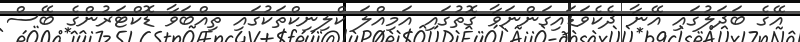
އޭގެ ބަދަލުގައި އޭނާ ދެކެވަޑައިގަންނަވާ ގޮތުގައި އަމިއްލަ ކްލިނިކްތަކުގައި ތިއްބަވާ ޑޮކްޓަރުންގެ ބޭސް